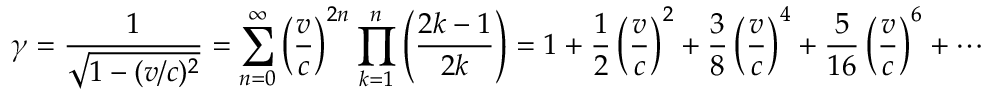
\gamma = { \frac { 1 } { \sqrt { 1 - ( v / c ) ^ { 2 } } } } = \sum _ { n = 0 } ^ { \infty } \left( { \frac { v } { c } } \right) ^ { 2 n } \prod _ { k = 1 } ^ { n } \left( { \frac { 2 k - 1 } { 2 k } } \right) = 1 + { \frac { 1 } { 2 } } \left( { \frac { v } { c } } \right) ^ { 2 } + { \frac { 3 } { 8 } } \left( { \frac { v } { c } } \right) ^ { 4 } + { \frac { 5 } { 1 6 } } \left( { \frac { v } { c } } \right) ^ { 6 } + \cdots